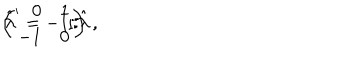
\left( \begin{array} { r r } { { 0 } } & { { 1 } } \\ { { - 1 } } & { { 0 } } \\ \end{array} \right) \, , \hspace { 1 c m } \hat { \lambda } ^ { \prime } = - 1 / \hat { \lambda } \, .